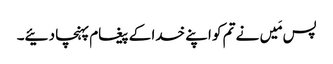
پس مَیں نے تم کو اپنے خدا کے پیغام پہنچا دئیے۔